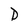
Character: D